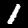
Digit: 1